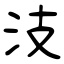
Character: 汥